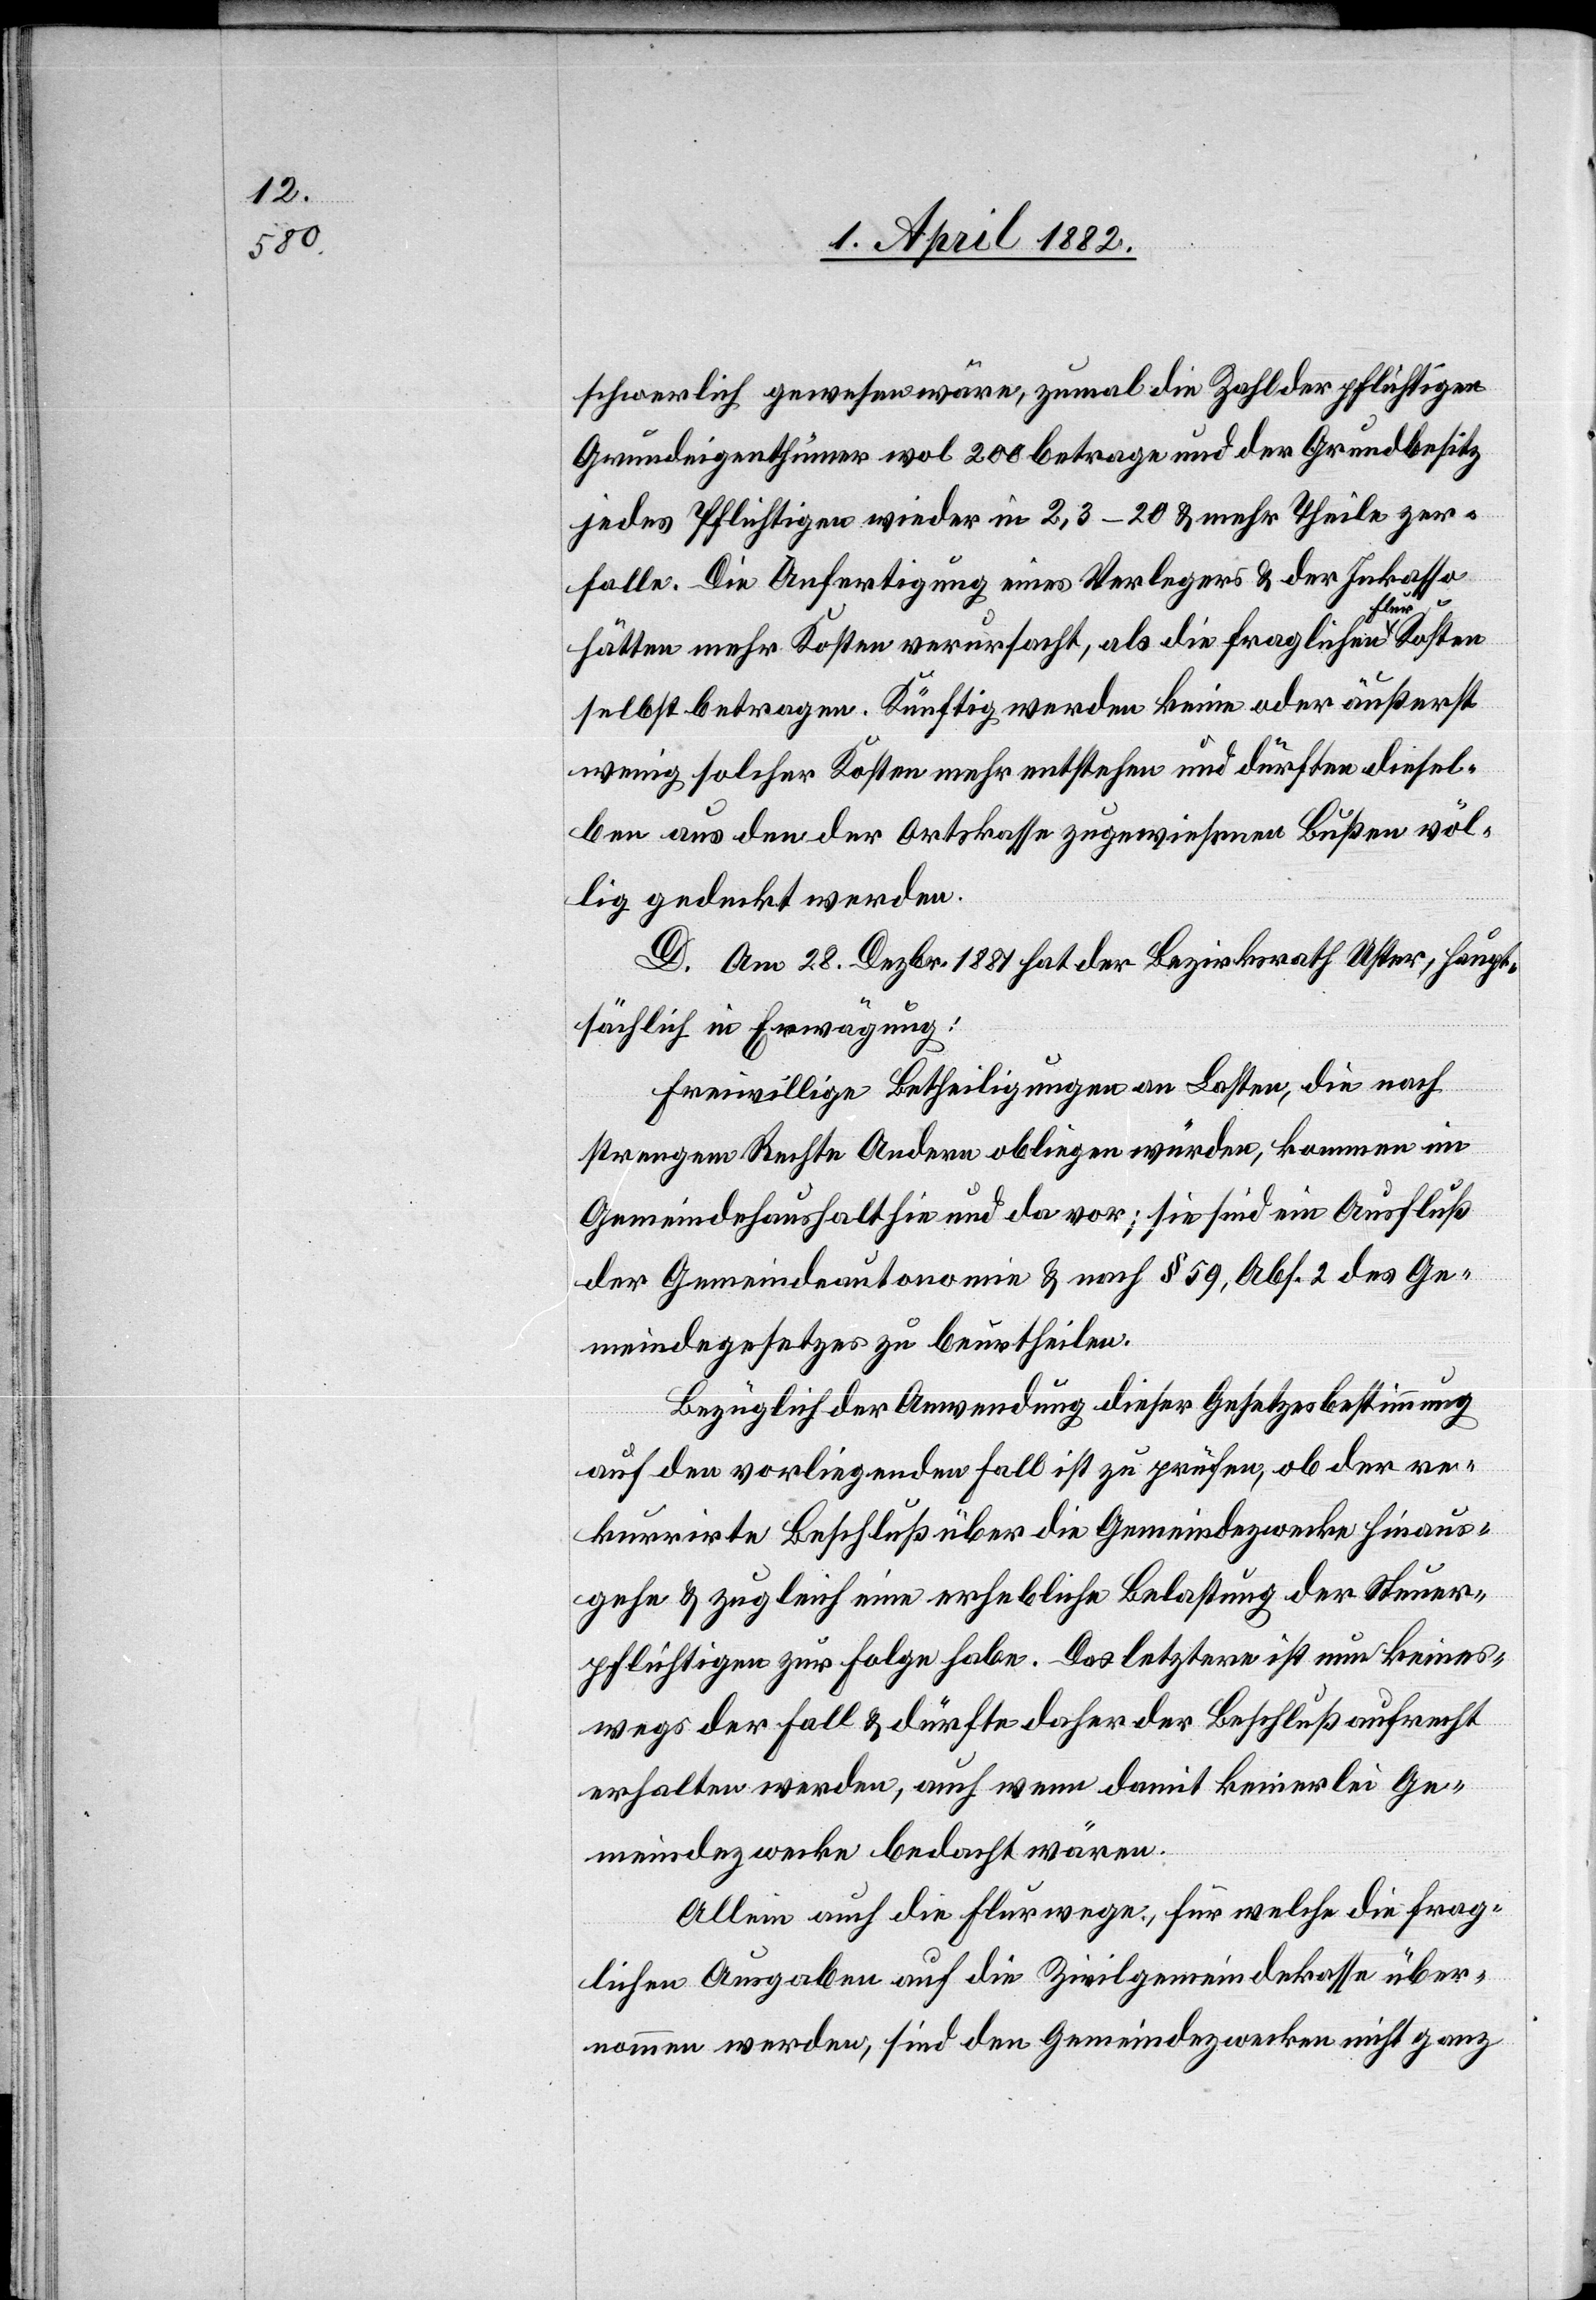
schwerlich gewesen wäre, zumal die Zahl der pflichtigen
Grundeigenthümer wol 200 betrage und der Grundbesitz
jedes Pflichtigen wieder in 2, 3–20 & mehr Theile zer¬
falle. Die Anfertigung eines Verlegers & der Inkasso
hätten mehr Kosten verursacht, als die fraglichen Flur
selbst betragen. Künftig werden keine oder äußerst
wenig solcher Kosten mehr entstehen und dürften diesel¬
ben aus den der Ortskasse zugewiesenen Bußen völ¬
lig gedeckt werden.
D. Am 28. Dezbr. 1881 hat der Bezirksrath Uster, haupt¬
sächlich in Erwägung:
Freiwillige Betheiligungen an Lasten, die nach
strengem Rechte Andern obliegen würden, kommen im
Gemeindehaushalt hie und da vor; sie sind ein Ausfluß
der Gemeindeautonomie & nach § 59, Abs. 2 des Ge¬
meindegesetzes zu beurtheilen.
Bezüglich der Anwendung dieser Gesetzesbestimmung
auf den vorliegenden Fall ist zu prüfen, ob der re¬
kurrirte Beschluß über die Gemeindezwecke hinaus¬
gehe & zugleich eine erhebliche Belastung der Steuer¬
pflichtigen zur Folge habe. Das letztere ist nun keines¬
wegs der Fall & dürfte daher der Beschluß aufrecht
erhalten werden, auch wenn damit keinerlei Ge¬
meindezwecke bedacht wären.
Allein auch die Flurwege, für welche die frag¬
lichen Ausgaben auf die Zivilgemeindekasse über¬
nommen werden, sind den Gemeindezwecken nicht ganz